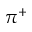
\pi ^ { + }